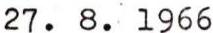
27. 8. 1966